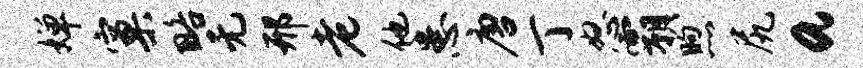
婵窠略无邢老他患唐丁怒霸煦尻a